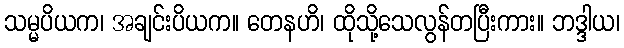
သမ္မပိယက၊ အချင်းပိယက။ တေနဟိ၊ ထိုသို့သေလွန်တပြီးကား။ ဘဒ္ဒါယ၊